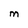
Character: M